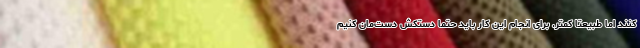
کنند اما طبیعتا کمتر. برای انجام این کار باید حتما دستکش دست‌مان کنیم